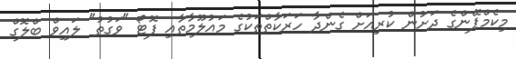
މިކެމްޕޭންގެ ދަށުން ކުރިއަށް ގެންދާ ހަރަކާތްތަކުގެ މައުލޫމާތާއި ފޮޓޯ "ވަގުތު" ލައިވް ބްލޮގް